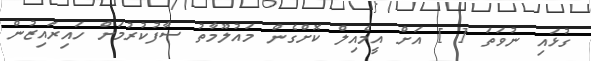
ގުޅައި ނުވަތަ [ ] އަށް އީމެއިލް ކޮށްގެން މައުލޫމާތު ސާފުކުރުމަށް ހައިރައިޒުން